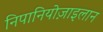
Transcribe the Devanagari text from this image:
निपानियोज़ाइलान